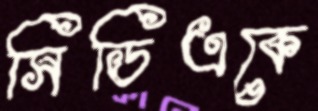
সিডিএকে